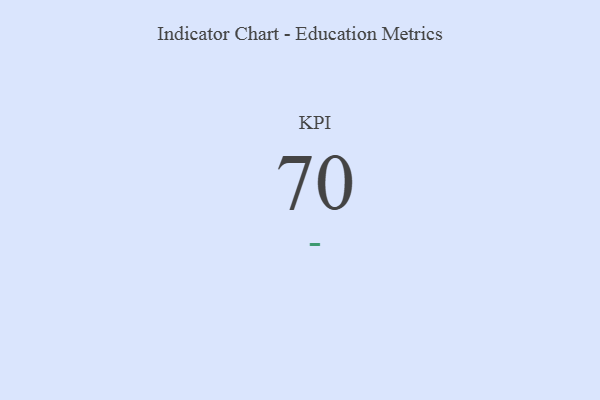
{"axis": {"x": "KPI", "y": "Value"}, "legend": [""], "data": [{"x": "KPI", "y": 70, "type": ""}]}